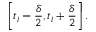
\left[ t _ { i } - { \frac { \delta } { 2 } } , t _ { i } + { \frac { \delta } { 2 } } \right] .